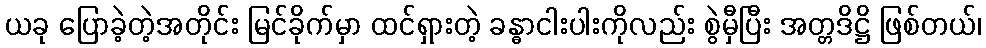
ယခု ပြောခဲ့တဲ့အတိုင်း မြင်ခိုက်မှာ ထင်ရှားတဲ့ ခန္ဓာငါးပါးကိုလည်း စွဲမှီပြီး အတ္တဒိဋ္ဌိ ဖြစ်တယ်၊